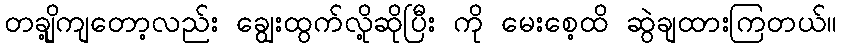
တချို့ကျတော့လည်း ချွေးထွက်လို့ဆိုပြီး ကို မေးစေ့ထိ ဆွဲချထားကြတယ်။